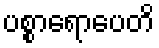
ပစ္စာရောပေတိ